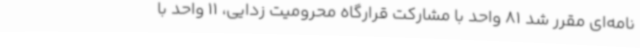
نامه‌ای مقرر شد 81 واحد با مشارکت قرارگاه محرومیت زدایی، 11 واحد با